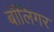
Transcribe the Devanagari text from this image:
बॉलिंगर